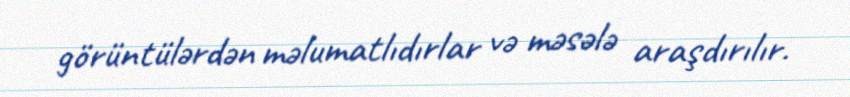
görüntülərdən məlumatlıdırlar və məsələ araşdırılır.